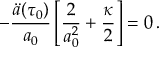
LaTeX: - \frac { \ddot { a } ( \tau _ { 0 } ) } { a _ { 0 } } \left[ \frac { 2 } { a _ { 0 } ^ { 2 } } + \frac { \kappa } { 2 } \right] = 0 \, .